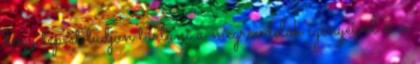
hogy lépést tudjon tartani a megrendelôk igényeivel és a